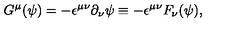
G ^ { \mu } ( \psi ) = - { \epsilon } ^ { { \mu } { \nu } } { \partial } _ { \nu } { \psi } \equiv - { \epsilon } ^ { { \mu } { \nu } } F _ { \nu } ( \psi ) ,